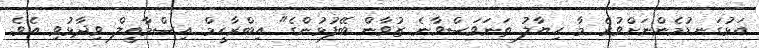
އަޅުގަނޑުމެންނަށްވުރެ މާ ހިޔާލު ތަނަވަސްވާނެ ޒުވާން ބޭފުޅުންގެ" އިބްރާހީމް އިސްމާއީލް ވިދާޅުވި އެވެ.